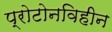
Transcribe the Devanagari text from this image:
प्रोटोनविहीन